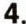
4.